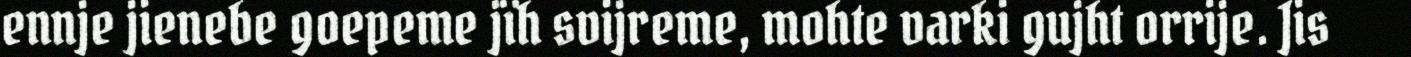
ennje jienebe goepeme jïh svijreme, mohte varki gujht orrije. Jis